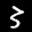
Label: 3